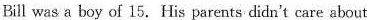
Bill was a boy of 15.His parents didn't care about